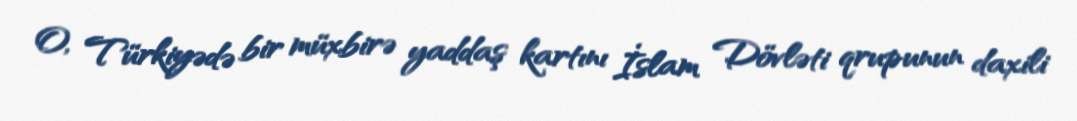
O, Türkiyədə bir müxbirə yaddaş kartını İslam Dövləti qrupunun daxili